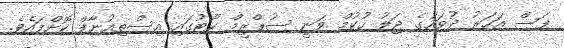
ފަސް އަހަރު ދުވަހުގެ ޖަލު ހުކުމް ވަނީ ސުޕްރީމް ކޯޓުގައި އިސްތިއުނާފް ކޮށްފައެވެ.